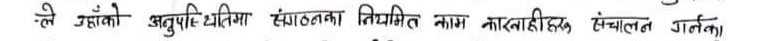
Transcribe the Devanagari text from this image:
.ले उहाँको अनुपस्थितिमा संगठनका नियमित काम कारबाहीहरु संचालन गर्नका